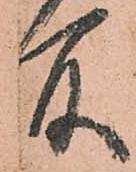
所